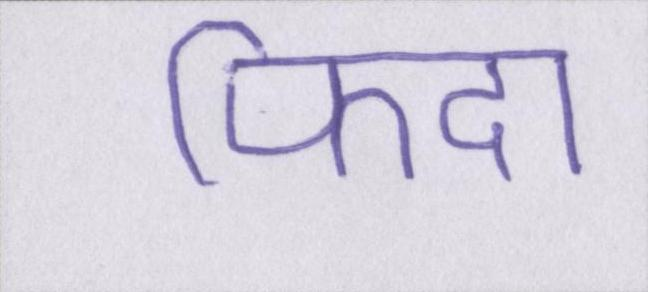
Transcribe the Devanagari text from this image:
फिदा